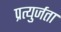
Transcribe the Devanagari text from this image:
प्रत्युर्जता